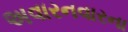
અવારનવારના